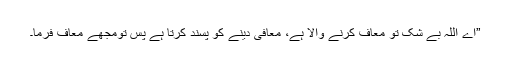
”اے اللہ بے شک تو معاف کرنے والا ہے، معافی دینے کو پسند کرتا ہے پس تومجھے معاف فرما۔